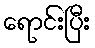
ရောင်းပြီး